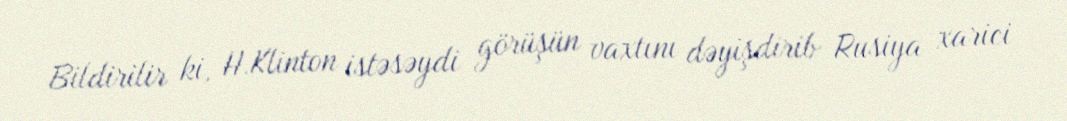
Bildirilir ki, H.Klinton istəsəydi görüşün vaxtını dəyişdirib Rusiya xarici